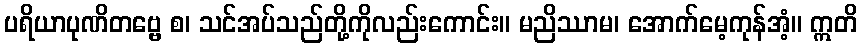
ပရိယာပုဏိတဗ္ဗေ စ၊ သင်အပ်သည်တို့ကိုလည်းကောင်း။ မညိဿာမ၊ အောက်မေ့ကုန်အံ့။ ဣတိ